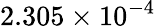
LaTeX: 2.305\times 10^{-4}